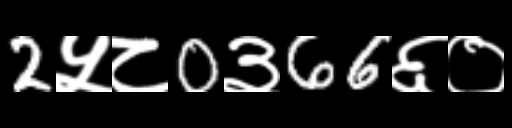
Text: 2५८0३66६०